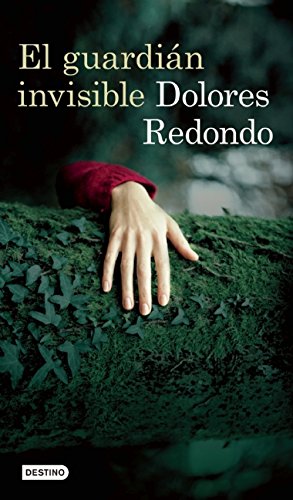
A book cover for El guardiÃ¡n invisible (Spanish Edition); Dolores Redondo; Mystery, Thriller & Suspense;